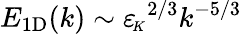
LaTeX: E_{\mathrm{1D}}(k)\sim{\varepsilon_{\! \scriptscriptstyle K}}^{2/3}k^{-5/3}